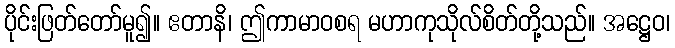
ပိုင်းဖြတ်တော်မူ၍။ ဧတာနိ၊ ဤကာမာဝစရ မဟာကုသိုလ်စိတ်တို့သည်။ အဋ္ဌေဝ၊